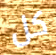
كل